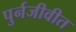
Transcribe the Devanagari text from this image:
पुर्नजीवीत